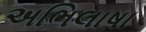
અભિલાષા